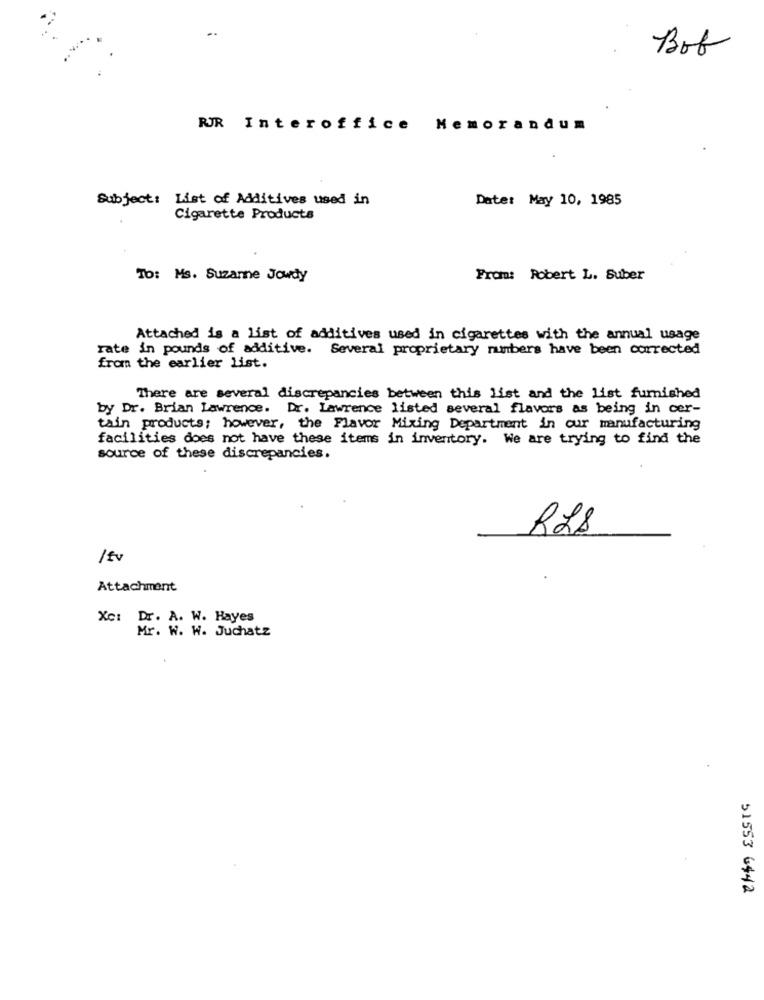
Bob
RR Interoffice
Memorandum
Subject: List of Additives used in
Date: May 10, 1985
Cigarette Products
To: Ms. Suzame Jowdy
From: Robert L. Suber
Attached is a list of additives used in cigarettes with the annual usage
rate in pounds of additive. Several proprietary numbers have been corrected
from the earlier list.
There are several discrepancies between this list and the List furnished
by Dr. Brian Lawrence. Dr. Lawrence listed several flavors as being in cer-
tain products; however, the Flavor Mixing Department in cur manufacturing
facilities does not have these items in inventory. We are trying to find the
source of these discrepancies.
R28
1 tv
Attachment
Xc: Dr. A. W. Hayes
Mr. W. W. Juchatz
51553 6442